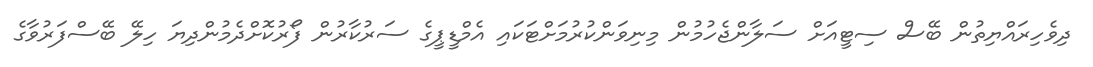
ދިވެހިރައްޔިތުން ބޭސް ސިޓީއަށް ސަލާންޖެހުމުން މިނިވަންކުރުމަށްޓަކައި އެމްޑީޕީގެ ސަރުކާރުން ފޯރުކޮށްދެމުންދިޔަ ހިލޭ ބޭސްފަރުވާގެ